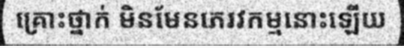
គ្រោះថ្នាក់ មិនមែនភេរវកម្មនោះឡើយ